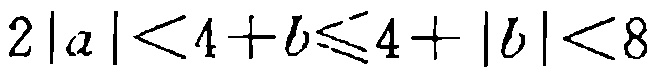
\(2|a|<4 + b\leqslant4+|b|<8\)